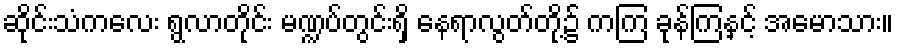
ဆိုင်းသံကလေး ရွလာတိုင်း မဏ္ဍပ်တွင်းရှိ နေရာလွတ်တို့၌ ကကြ ခုန်ကြနှင့် အမောသား။